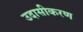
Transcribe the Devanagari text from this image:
उदासीकरण